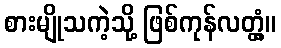
စားမျိုသကဲ့သို့ ဖြစ်ကုန်လတ္တံ့။